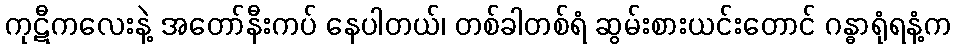
ကုဋီကလေးနဲ့ အတော်နီးကပ် နေပါတယ်၊ တစ်ခါတစ်ရံ ဆွမ်းစားယင်းတောင် ဂန္ဓာရုံရနံ့က